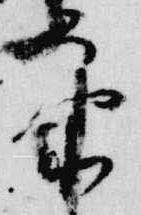
参